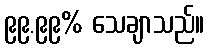
၉၉.၉၉% သေချာသည်။